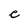
Character: e